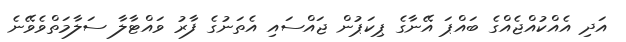
އަދި އެއްކުއްޖެއްގެ ބައްޕަ އޭނާގެ ޕިކަޕުން ޖައްސައި އެތަނުގެ ފާރު ވައްޓާލާ ސަލާމަތްވެވޭނެ